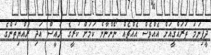
ދީފިނަމަ ތަރައްޤީއަށް އެއްވެސް އެއްޗެއް ނޯންނާނެ ކަމަށް ކުރީގެ ރައީސް އަދި ރައްޔިތުންގެ